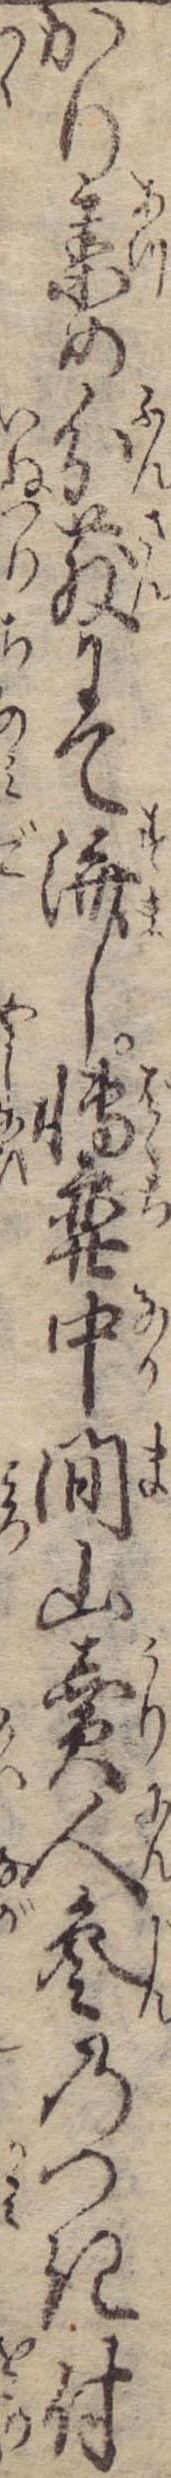
かり集め分散にて済し博奕中間山売人参のつき付